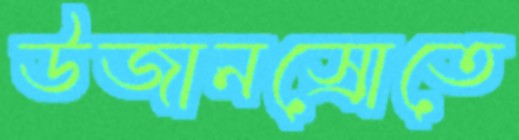
উজানস্রোতে